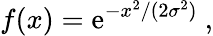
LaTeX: f(x)=\mathrm{e}^{-x^{2}/(2\sigma^{2})}\ ,